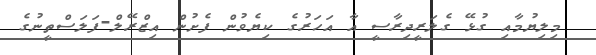
މިލިޔުމާއި ގުޅޭ ގެލަރީދިރާސީ އާ އަހަރުގެ ކިޔެވުން ފެށުން އިޒްރޭލް-ފަލަސްތީނުގެ